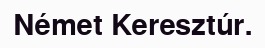
Német Keresztúr.